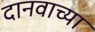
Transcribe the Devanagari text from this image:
दानवाच्या